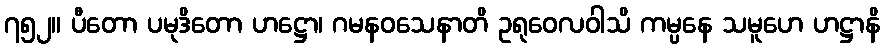
၇၅၂။ ပီတော ပမုဒိတော ဟဋ္ဌော၊ ဂမနဝသေနာတိ ဥရုဝေလဝါသိ ကမ္ပနေ သမူဟေ ဟဋ္ဌာနိ